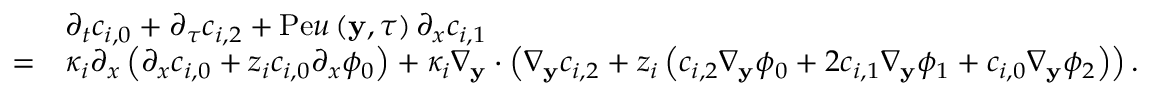
\begin{array} { r l } & { \partial _ { t } c _ { i , 0 } + \partial _ { \tau } c _ { i , 2 } + \mathrm { P e } u \left( \mathbf { y } , \tau \right) \partial _ { x } c _ { i , 1 } } \\ { = } & { \kappa _ { i } \partial _ { x } \left( \partial _ { x } c _ { i , 0 } + z _ { i } c _ { i , 0 } \partial _ { x } \phi _ { 0 } \right) + \kappa _ { i } \nabla _ { \mathbf { y } } \cdot \left( \nabla _ { \mathbf { y } } c _ { i , 2 } + z _ { i } \left( c _ { i , 2 } \nabla _ { \mathbf { y } } \phi _ { 0 } + 2 c _ { i , 1 } \nabla _ { \mathbf { y } } \phi _ { 1 } + c _ { i , 0 } \nabla _ { \mathbf { y } } \phi _ { 2 } \right) \right) . } \end{array}